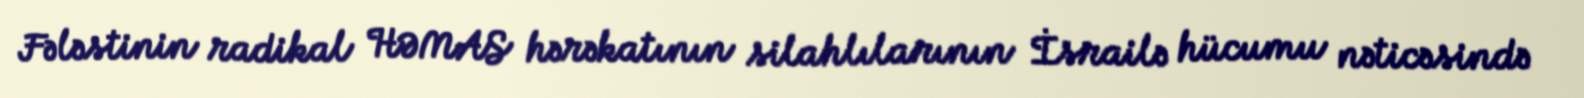
Fələstinin radikal HƏMAS hərəkatının silahlılarının İsrailə hücumu nəticəsində